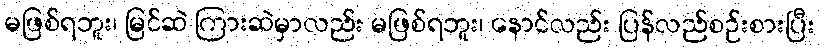
မဖြစ်ရဘူး၊ မြင်ဆဲ ကြားဆဲမှာလည်း မဖြစ်ရဘူး၊ နောင်လည်း ပြန်လည်စဉ်းစားပြီး